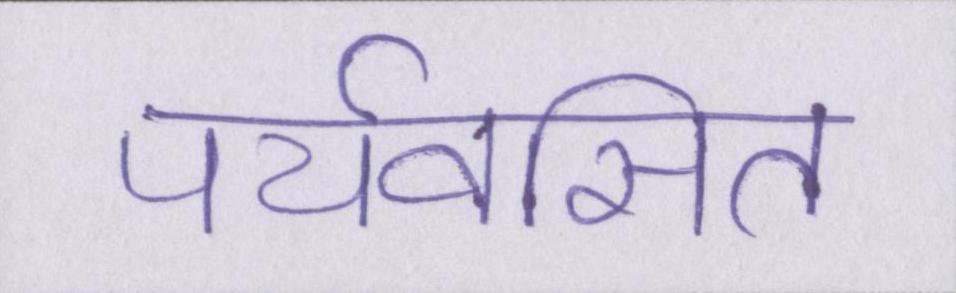
पर्यवसित